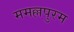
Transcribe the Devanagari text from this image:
ममल्लपुरम